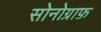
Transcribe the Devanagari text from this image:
सोनोग्राफ़